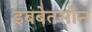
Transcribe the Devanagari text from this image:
इबबेतसोन